Medical and sanitary report of the native army of Madras for the year
Year: 1878
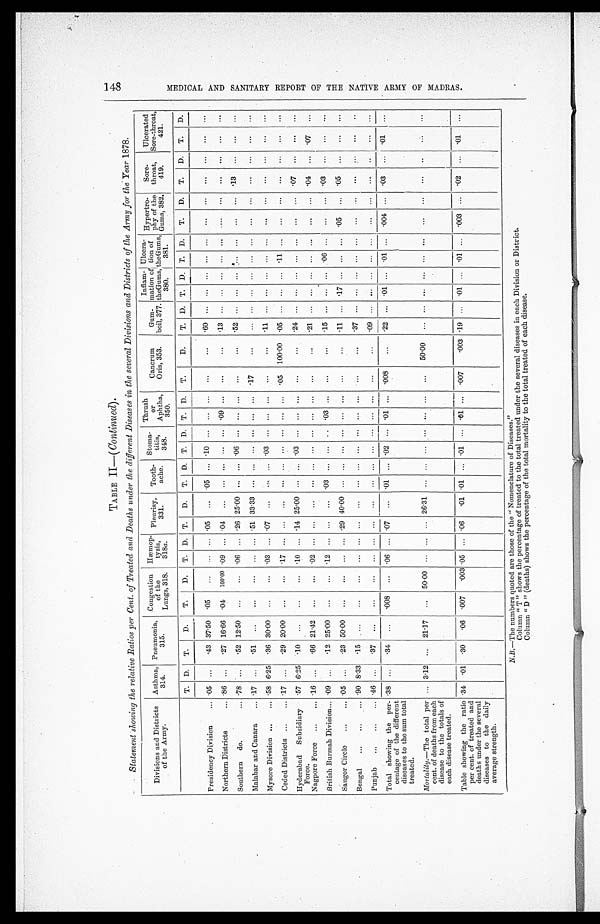
1 4 8 M E D I C A L A N D S A N I T A R Y R E P O R T O F T H E N A T I V E A R M Y O F M A D R A S .
Divisions and Districts
of the Army.
Asthma,
314.
Pneumonia,
315.
Congestion
of the
Lungs, 318.
Hæmop-
tysis,
318a .
Pleurisy,
331.
Tooth-
ache.
Stoma-
titis,
348.
Thrush
or
Aphtha
350.
Cancrum
Oris, 353.
Gum-
boil, 377.
Inflam-
mation of
the Gums,
380.
Ulcera -
tion of
the Gums,
381.
Hypertro-
phy of the Gums,
3 8 2 .
Sore-
throat,
419.
Ulcerated
Sore-throat
421.
T.
D.
T.
D .
T.
D.
T.
D.
T.
D.
T.
D.
T.
D.
T.
D.
T.
D.
T.
D.
T.
D.
T.
D.
T.
D.
T.
D.
T.
D.
Presidency Division . . . 05 . . .
43 37.50
.05
. . .
. . .
. . . .05
. . .
.05
. . . .10
. . .
. . .
. . .
. . .
. . .
. 6 0
. . . . . . . . .
. . .
. . .
. . .
. . .
. . .
. . .
. . .
. . .
Northern Districts . . . .86
. . .
.27 16.66
.04
100.00 .09
. . .
04
. . .
. . .
. . .
. . .
. . .
.09 . . .
. . .
. . .
. 1 3
. . . . . . . . .
. . .
. . .
. . .
. . .
. . .
. . .
. . .
. . .
Southern do. . . . .78
. . .
.52 12.50
. . .
. . .
06
. . .
.26 25.00
. . .
. . . .06
. . .
. . .
. . .
. . .
. . .
5 2
. . . . . . . . .
. . .
. . .
. . .
. . .
.13
. . .
. . .
. . .
Malabar and Canara . . . 17
. . .
51
. . .
. . .
. . .
. . .
. . . .51 33.33
. . .
. . .
. . .
. . .
. . .
. . .
.17
. . .
. . .
. . .
. . . . . .
. . .
. . .
. . .
. . .
. . .
. . .
. . .
. . .
Mysore Division . . . .58 6.25
.36 30.00
. . .
. . .
.03
. . .
07
. . .
. . .
. . .
0 3 . . .
. . .. . .
. . .
. . .
. 1 1
. . . . . . . . .
. . .
. . .
. . .
. . .
. . .
. . .
. . .
. . .
Ceded Districts . . . .17
. . .
.29 20.00
. . .
. . .
.17
. . .
. . .
. . .
. . .
. . .
. . . . . .
. . . . . .
.05
100.00
.05
. . .
. . .
. . .
.11
. . .
. . .
. . .
. . .
. . .
. . .
. . .
Hyderabad Subsidiary
Force.
.57 6.25
.10
. . .
. . .
. . .
.10
. . .
.14 25.00
. . .
. . . .03 . . .
. . . . . .
. . .
. . .
. 2 4
. . . . . . . . .
. . .
. . .
. . .
. . .
. 0 7
. . .
. . .
. . .
Nagpore Force . . . .16
. . .
66 21.42
. . .
. . .
.02
. . .
. . .
. . .
. . .
. . .
. . .
. . .
. . .
. . .
. . .
. . .
.21
. . . . . . . . .
. . .
. . .
. . .
. . . .04
. . .
07
. . .
British Burmah Division . . . .09 . . .
.12 25.00
. . .
. . .
.12
. . .
. . .
. . .
.03
. . .
. . .
. . .
.03 . . .
. . .
. . .
. 1 5
. . . . . . . . .
06
. . .
. . .
. 0 3
. . .
. . .
. . .
Saugor Circle . . .
.05
. . .
.23 50.00
. . .
. . .
. . .
. . . .29 40.00
. . .
. . .
. . .
. . .
. . .
. . .
. . .
. . .
. 1 1
. . . .17 . . .
. . .
. . .
. 0 5
. . .
. 0 5
. . .
. . .
. . .
Bengal . . .
90 8.33
.15 . . .
. . .
. . .
. . .
. . .
. . .. . .
. . .
. . .
. . . . . .
. . .. . .
. . .
. . . .37
. . .
. . . . . .
. . .
. . .
. . .
. . .
. . .
. . .
. . .
. . .
Punjab . . .
46 . . .
.37 . . .
. . .
. . .
. . .
. . .
. . .. . .
. . .
. . .
. . .
. . .
. . .. . .
. . .
. . .
. 0 9
. . . . . . . . .
. . .
. . .
. . .
. . .
. . .
. . .
. . .
. . .
Total showing the per-
centage of the different
diseases to the sum total
treated.
.38
. . .
.34
. . .
.008
. . .
.06
. . .
07
. . .
.01
. . . .02
. . .
.01
. . .
008
. . .
.22
. . .
.01 . . .
.01
. . .
.004 . . .
.03
. . .
.01
. . .
Mortality .—The total per
cent. of deaths from each
disease to the totals of
each disease treated.
. . . 3.12
. . .
21.17
. . .
50.00
. . .
. . .
. . . 26.31
. . .
. . .
. . .
. . .
. . .
. . .
. . .
50.00
. . .
. . .
. . . . . .
. . .
. . .
. . .
. . .
. . .
. . .
. . .
. . .
Table showing the ratio
per cent. of treated and
deaths under the several
diseases to the daily
average strength.
.34
.01
.30
.06
.007
.003 .05
. . .
.06
.01 .01
. . .
.01
. . .
.01 . . .
.007
.003 .19
. . .
01
. . .
01 . . .
.003
.02
. . .
.01
. . .
N.B.—The numbers quoted are those of the " Nomenclature of Diseases."
Column " T " shows the percentage of treated to the total treated under the several diseases in each Division or District .
Column "D " (deaths) shows the percentage of the total mortality to the total treated of each disease.